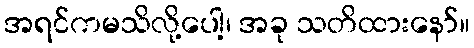
အရင်ကမသိလို့ပေါ့၊ အခု သတိထားနော်။